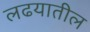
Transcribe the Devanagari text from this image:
लढयातील